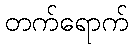
တက်ရောက်